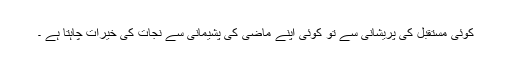
کوئی مستقبل کی پریشانی سے تو کوئی اپنے ماضی کی پشیمانی سے نجات کی خیرات چاہتا ہے ۔